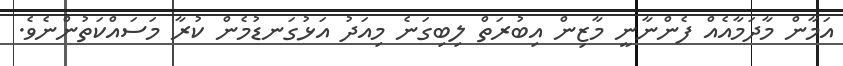
އަމާން މާދަމާއެއް ފެންނާނީ މާޒިން އިބުރަތް ލިބިގަނެ މިއަދު އަޅުގަނޑުމެން ކުރާ މަސައްކަތުންނެވެ.